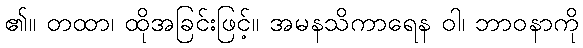
၏။ တထာ၊ ထိုအခြင်းဖြင့်။ အမနသိကာရေန ဝါ၊ ဘာဝနာကို